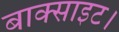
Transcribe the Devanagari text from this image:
बाक्साइट।